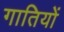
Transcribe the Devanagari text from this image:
गातियों